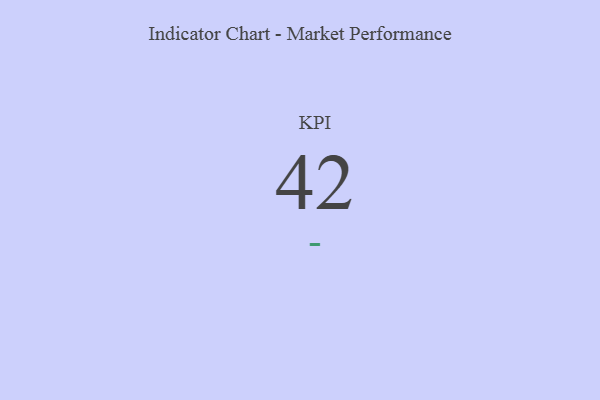
{"axis": {"x": "KPI", "y": "Value"}, "legend": [""], "data": [{"x": "KPI", "y": 42, "type": ""}]}